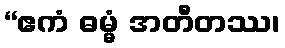
“ဧကံ ဓမ္မံ အတီတဿ၊